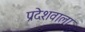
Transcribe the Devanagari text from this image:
प्रदेशवाला